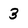
Character: 3